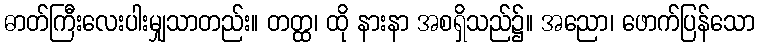
ဓာတ်ကြီးလေးပါးမျှသာတည်း။ တတ္ထ၊ ထို နားနာ အစရှိသည်၌။ အညော၊ ဖောက်ပြန်သော